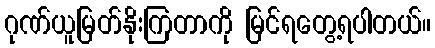
ဂုဏ်ယူမြတ်နိုးကြတာကို မြင်ရတွေ့ရပါတယ်။